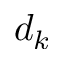
d _ { k }